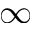
\infty